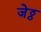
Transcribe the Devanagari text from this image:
जेठ्ठ